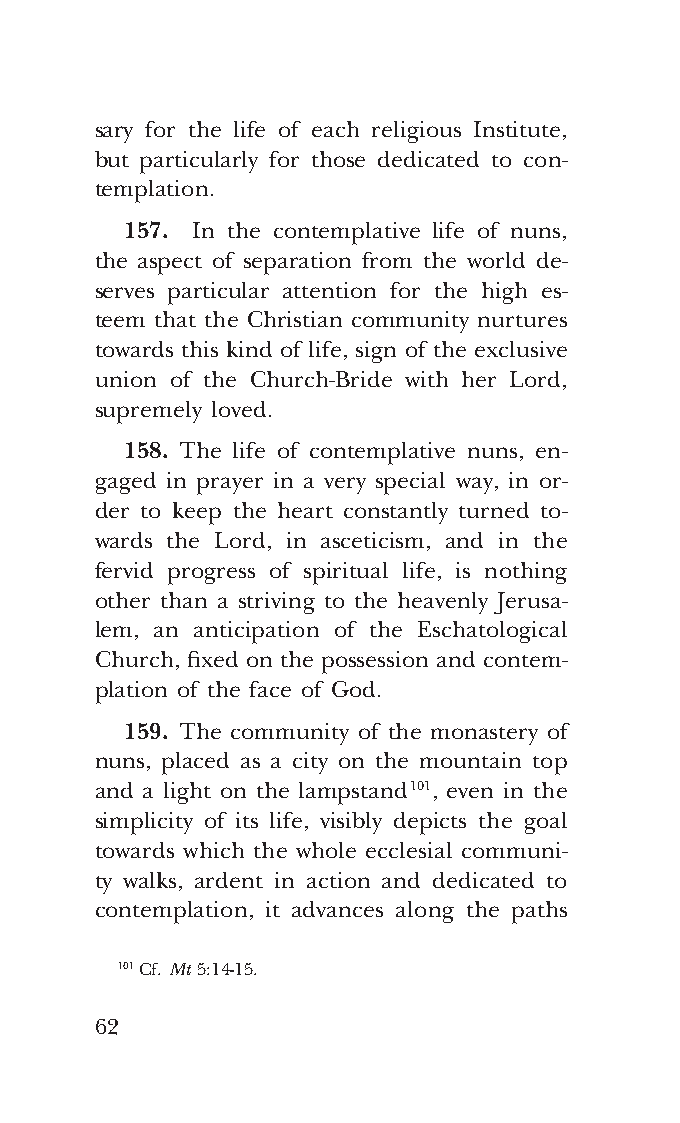
COR ORANS – NUOVO FORMATO – INGLESE 2ª BOZZA – 24 maggio 2018 – 11:12
 sary for the life of each religious Institute,
 but particularly for those dedicated to con-
 templation.
 157. In the contemplative life of nuns,
 the aspect of separation from the world de-
 serves particular attention for the high es-
 teem that the Christian community nurtures
 towards this kind of life, sign of the exclusive
 union of the Church-Bride with her Lord,
 supremely loved.
 158. The life of contemplative nuns, en-
 gaged in prayer in a very special way, in or-
 der to keep the heart constantly turned to-
 wards the Lord, in asceticism, and in the
 fervid progress of spiritual life, is nothing
 other than a striving to the heavenly Jerusa-
 lem, an anticipation of the Eschatological
 Church, fixed on the possession and contem-
 plation of the face of God.
 159. The community of the monastery of
 nuns, placed as a city on the mountain top
 and a light on the lampstand 101, even in the
 simplicity of its life, visibly depicts the goal
 towards which the whole ecclesial communi-
 ty walks, ardent in action and dedicated to
 contemplation, it advances along the paths
 101 Cf. Mt 5:14-15.
 62